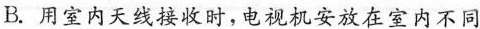
B.用室内天线接收时，电视机安放在室内不同